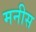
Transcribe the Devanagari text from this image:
मनीस